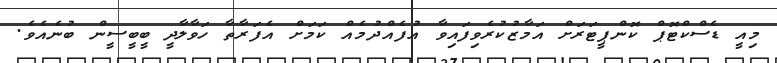
މިއީ ޑެސްކްޓޮޕް ކޮންޕީޓަރަށް އަމާޒުކުރެވިފައިވާ އުފެއްދުމެއް ކަމަށް އެފަރާތާ ހަވާލާދީ ބީބީސީން ބުނެއެވެ.